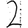
Digit: 2